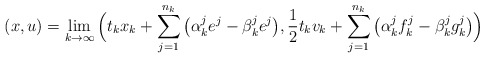
\begin{align*}(x,u) = \lim_{k\to\infty} \Big( t_k x_k + \sum_{j=1}^{n_k} \big(\alpha^j_k e^j - \beta^j_k e^j\big), \frac{1}{2}t_k v_k + \sum_{j=1}^{n_k}\big(\alpha^j_k f^j_k - \beta^j_k g^j_k\big) \Big)\end{align*}